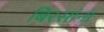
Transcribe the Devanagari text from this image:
बिरसांना